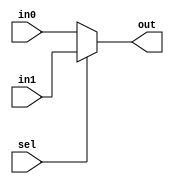
module mux(in0, in1, sel, out);
	input in0, in1, sel;
	output out;
	reg out;
	always @ (sel or in0 or in1)
	begin : MUX
		if(sel == 1'b0) begin
			out = in0;
		end
		else begin
			out = in1;
		end
	end	
endmodule